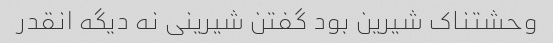
وحشتناک شیرین بود گفتن شیرینی نه دیگه انقدر